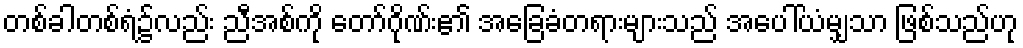
တစ်ခါတစ်ရံ၌လည်း ညီအစ်ကို တော်ဂိုဏ်း၏ အခြေခံတရားများသည် အပေါ်ယံမျှသာ ဖြစ်သည်ဟု